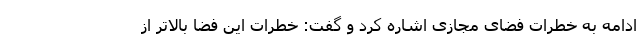
ادامه به خطرات فضای مجازی اشاره کرد و گفت: خطرات این فضا بالاتر از